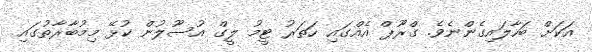
އަކަށް ބަހާލައިގެންނެވެ. ގްރޫޕް އެއްގައި ހަތަރު ޓީމު ލީގް އުސޫލުން ކުޅޭ މިމުބާރާތުގައި